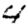
Digit: 4